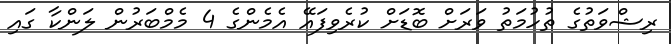
ރިޝްވަތުގެ ތުހުމަތު ވަރަށް ބޮޑަށް ކުރެވިފައޭ އެމެންގެ 4 މެމްބަރުން ލަންކާ ގައި